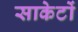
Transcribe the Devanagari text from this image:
साकेटों